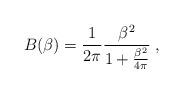
LaTeX: \begin{align*}B(\beta) =\frac 1{2\pi} \frac{\beta^2}{1+\frac{\beta^2}{4\pi}}\;,\end{align*}